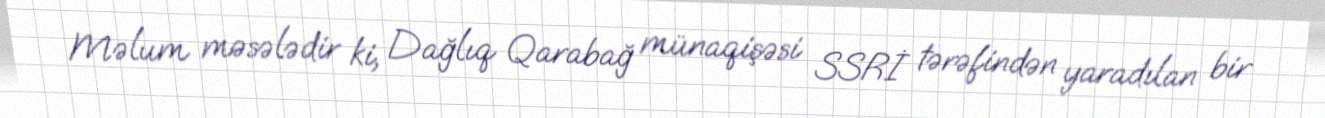
Məlum məsələdir ki, Dağlıq Qarabağ münaqişəsi SSRİ tərəfindən yaradılan bir